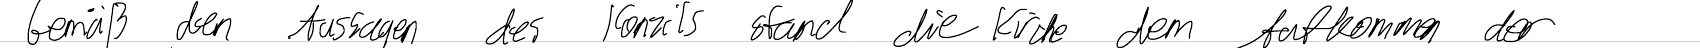
Gemäß den Aussagen des Konzils stand die Kirche dem Aufkommen der